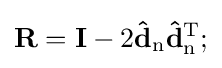
\mathbf {R} =\mathbf {I} -2\mathbf {\hat {d}} _{\mathrm {n} }\mathbf {\hat {d}} _{\mathrm {n} }^{\mathrm {T} };